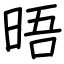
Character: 晤